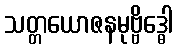
သတ္တယောဇနမုဗ္ဗိဒ္ဓေါ